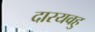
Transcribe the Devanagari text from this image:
दारयवहु